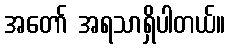
အတော် အရသာရှိပါတယ်။